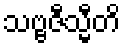
သဗ္ဗဇီသ္မီတိ